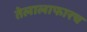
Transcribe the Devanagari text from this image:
तेलालाफारच